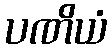
ပဏိယံ